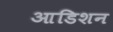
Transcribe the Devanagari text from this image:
आडिशन